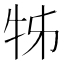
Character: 牬